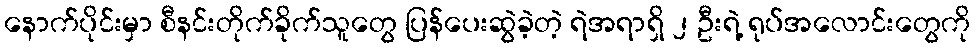
နောက်ပိုင်းမှာ စီနင်းတိုက်ခိုက်သူတွေ ပြန်ပေးဆွဲခဲ့တဲ့ ရဲအရာရှိ ၂ ဦးရဲ့ ရုပ်အလောင်းတွေကို